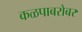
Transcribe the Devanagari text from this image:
कळपाबरोबर